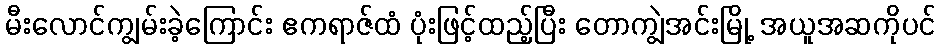
မီးလောင်ကျွမ်းခဲ့ကြောင်း ဧကရာဇ်ထံ ပုံးဖြင့်ထည့်ပြီး တောကျွဲအင်းမြို့ အယူအဆကိုပင်